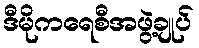
ဒီမိုကရေစီအဖွဲ့ချုပ်